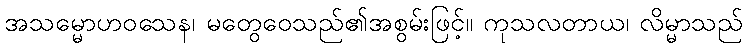
အသမ္မောဟဝသေန၊ မတွေဝေသည်၏အစွမ်းဖြင့်။ ကုသလတာယ၊ လိမ္မာသည်